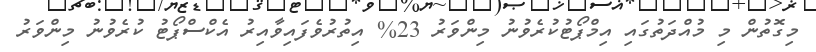
މިގޮތުން މި މުއްދަތުގައި އިމްޕޯޓުކުރެވުނު މިންވަރު 23% އިތުރުވެފައިވާއިރު އެކްސްޕޯޓު ކުރެވުނު މިންވަރު